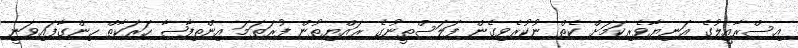
އިސްރާއީލުގެ އަނިޔާވެރިކަމަށް ކެތް ނުކުރެވިގެން ފަލަސްތީނުގެ ރައްޔިތުން ފުރަތަމަ އިންތިފާޟާ ހަރަކާތް ހިންގާފައިވަނީ